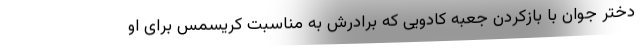
دختر جوان با بازکردن جعبه کادویی که برادرش به مناسبت کریسمس برای او